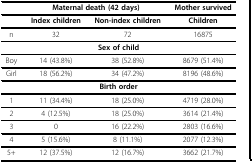
<table><thead><tr><td></td><td colspan="2"><b>Maternal death (42 days)</b></td><td><b>Mother survived</b></td></tr></thead><tbody><tr><td></td><td><b>Index children</b></td><td><b>Non-index children</b></td><td><b>Children</b></td></tr><tr><td>n</td><td>32</td><td>72</td><td>16875</td></tr><tr><td colspan="4"><b>Sex of child</b></td></tr><tr><td>Boy</td><td>14 (43.8%)</td><td>38 (52.8%)</td><td>8679 (51.4%)</td></tr><tr><td>Girl</td><td>18 (56.2%)</td><td>34 (47.2%)</td><td>8196 (48.6%)</td></tr><tr><td colspan="4"><b>Birth order</b></td></tr><tr><td>1</td><td>11 (34.4%)</td><td>18 (25.0%)</td><td>4719 (28.0%)</td></tr><tr><td>2</td><td>4 (12.5%)</td><td>18 (25.0%)</td><td>3614 (21.4%)</td></tr><tr><td>3</td><td>0</td><td>16 (22.2%)</td><td>2803 (16.6%)</td></tr><tr><td>4</td><td>5 (15.6%)</td><td>8 (11.1%)</td><td>2077 (12.3%)</td></tr><tr><td>5+</td><td>12 (37.5%)</td><td>12 (16.7%)</td><td>3662 (21.7%)</td></tr></tbody></table>